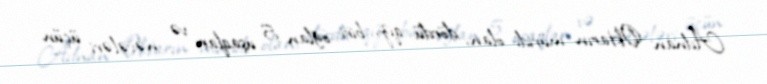
Adnan Oktarın müridi olan, dördü qız, biri oğlan 5 uşaqları və nəvələri üçün